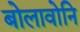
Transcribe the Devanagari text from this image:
बोलावोनि